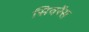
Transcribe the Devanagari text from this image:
सिवरेंस